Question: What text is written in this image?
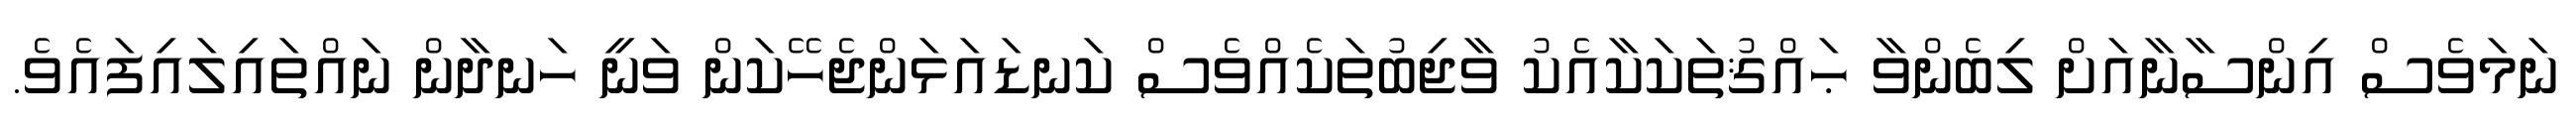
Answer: ނަމަވެސް އިންސާނާއަށް ލިބެންވާ ޙައްޤުތަކަކާއެކު ވާޖިބުތަކެއްވެސް ކަނޑައަޅަންޖެހޭކަން ވަނީ ހަނދާން ނައްތައިލައިފައެވެ.